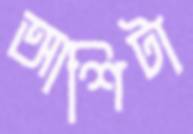
আশিটা